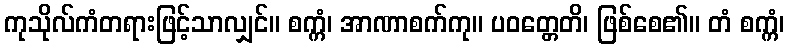
ကုသိုလ်ကံတရားဖြင့်သာလျှင်။ စက္ကံ၊ အာဏာစက်ကု။ ပဝတ္တေတိ၊ ဖြစ်စေ၏။ တံ စက္ကံ၊